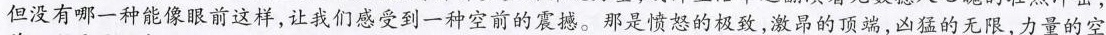
但没有哪一种能像眼前这样，让我们感受到一种空